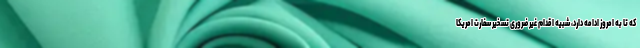
که تا به امروز ادامه دارد، شبیه اقدام غیر ضروری تسخیر سفارت امریکا